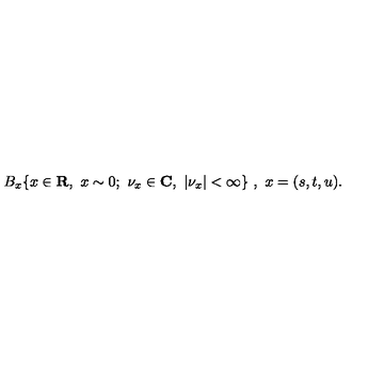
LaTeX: B _ { x } \{ x \in { \bf R } , \ x \sim 0 ; \ { \nu } _ { x } \in { \bf C } , \ | { \nu } _ { x } | < \infty \} \ , \ x = ( s , t , u ) .